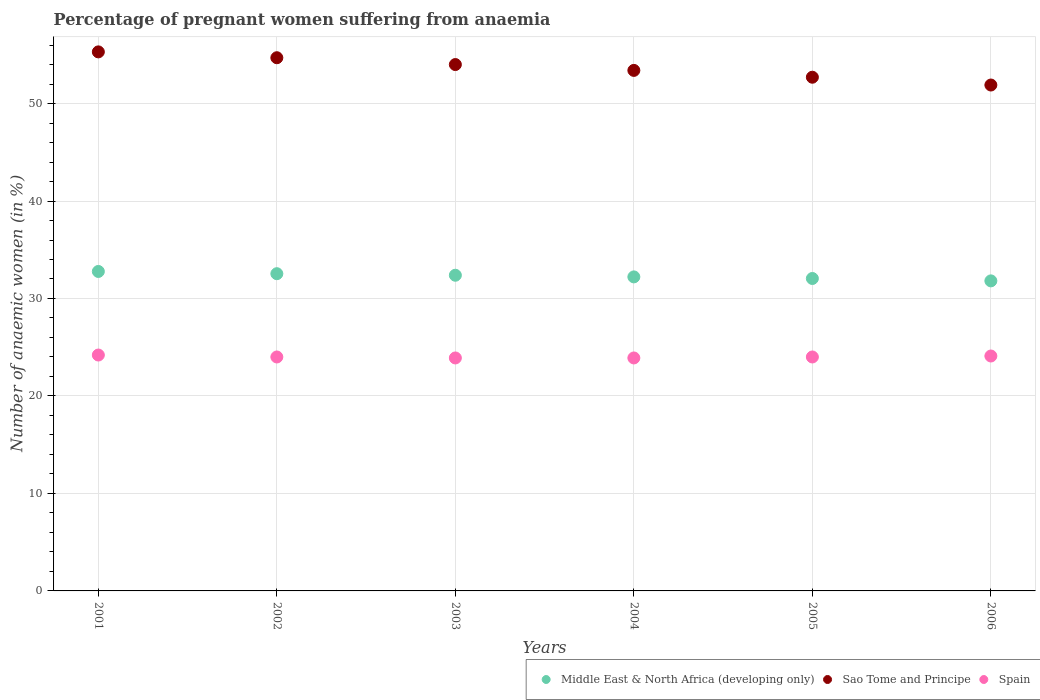
| Years | Middle East & North Africa (developing only) | Sao Tome and Principe | Spain |
 | --- | --- | --- | --- |
 | 2001 | 32.8 | 55.3 | 24.2 |
 | 2002 | 32.5 | 54.7 | 24 |
 | 2003 | 32.4 | 54 | 23.9 |
 | 2004 | 32.2 | 53.4 | 23.9 |
 | 2005 | 32.1 | 52.7 | 24 |
 | 2006 | 31.8 | 51.9 | 24.1 |